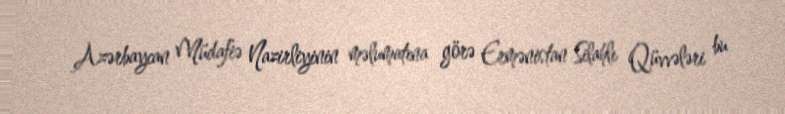
Azərbaycan Müdafiə Nazirliyinin məlumatına görə Ermənistan Silahlı Qüvvələri bu